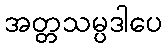
အတ္တသမ္ပဒါပေ